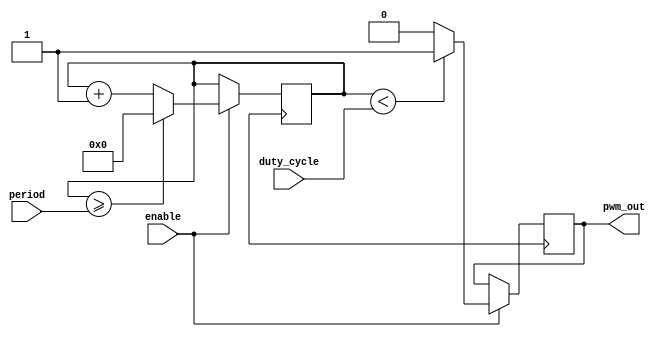
module PWM_timer (
    input wire enable,
    input wire [7:0] duty_cycle,
    input wire [15:0] period,
    output reg pwm_out
);

reg [15:0] counter;
reg pwm_latch;

always @ (posedge Clk) begin
    if (enable) begin
        counter <= counter + 1;
        if (counter >= period) begin
            counter <= 0;
            pwm_latch <= 1;
        end
        if (counter < duty_cycle) begin
            pwm_out <= 1;
        end else begin
            pwm_out <= 0;
        end
    end
end

endmodule